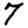
Digit: 7